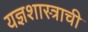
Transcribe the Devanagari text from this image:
यज्ञशास्त्राची